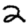
Digit: 2